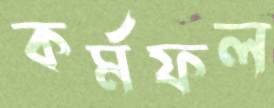
কর্মফল